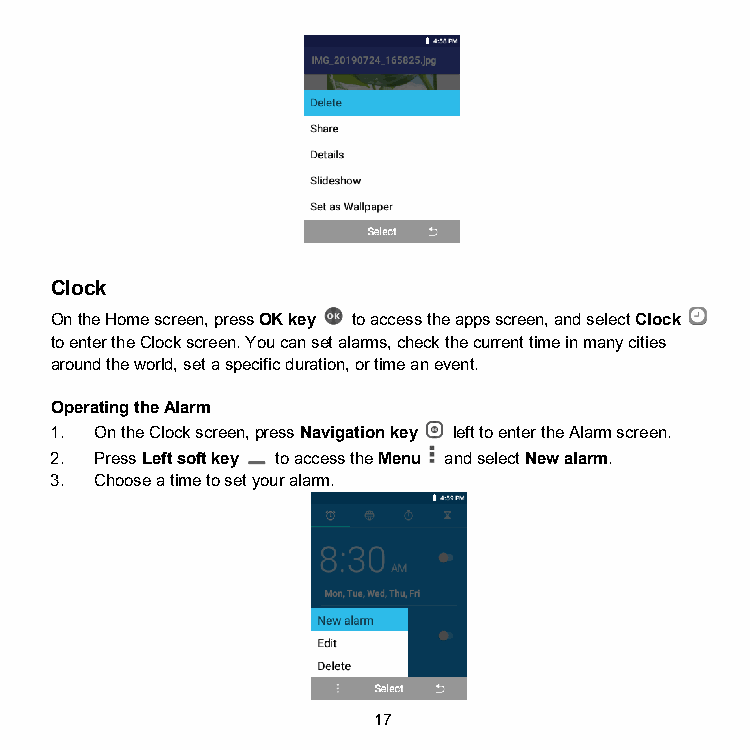
Clock
 On the Home screen, press OK key to access the apps screen, and select Clock
 to enter the Clock screen. You can set alarms, check the current time in many cities
 around the world, set a specific duration, or time an event.
 Operating the Alarm
 1. On the Clock screen, press Navigation key left to enter the Alarm screen.
 2. Press Left soft key to access the Menu and select New alarm.
 3. Choose a time to set your alarm.
 17